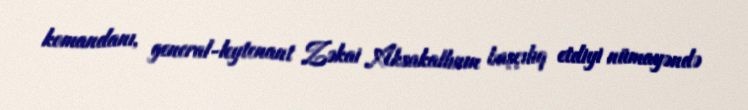
komandanı, general-leytenant Zəkai Aksakallının başçılıq etdiyi nümayəndə